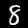
Label: 8